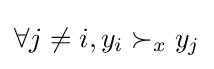
\forall j\neq i,y_{i}\succ _{x}y_{j}\,\!